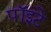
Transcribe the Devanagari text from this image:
पॉइंटे